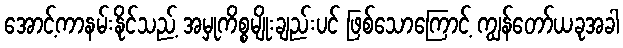
အောင့်ကာနမ်းနိုင်သည့် အမှုကိစ္စမျိုးချည်းပင် ဖြစ်သောကြောင့် ကျွန်တော်ယခုအခါ